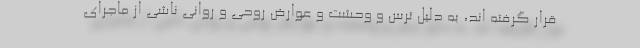
قرار گرفته اند، به دلیل ترس و وحشت و عوارض روحی و روانی ناشی از ماجرای